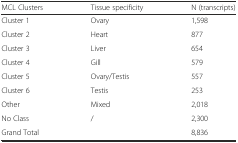
<table><thead><tr><td><b>MCL Clusters</b></td><td><b>Tissue specificity</b></td><td><b>N (transcripts)</b></td></tr></thead><tbody><tr><td>Cluster 1</td><td>Ovary</td><td>1,598</td></tr><tr><td>Cluster 2</td><td>Heart</td><td>877</td></tr><tr><td>Cluster 3</td><td>Liver</td><td>654</td></tr><tr><td>Cluster 4</td><td>Gill</td><td>579</td></tr><tr><td>Cluster 5</td><td>Ovary/Testis</td><td>557</td></tr><tr><td>Cluster 6</td><td>Testis</td><td>253</td></tr><tr><td>Other</td><td>Mixed</td><td>2,018</td></tr><tr><td>No Class</td><td>/</td><td>2,300</td></tr><tr><td>Grand Total</td><td></td><td>8,836</td></tr></tbody></table>